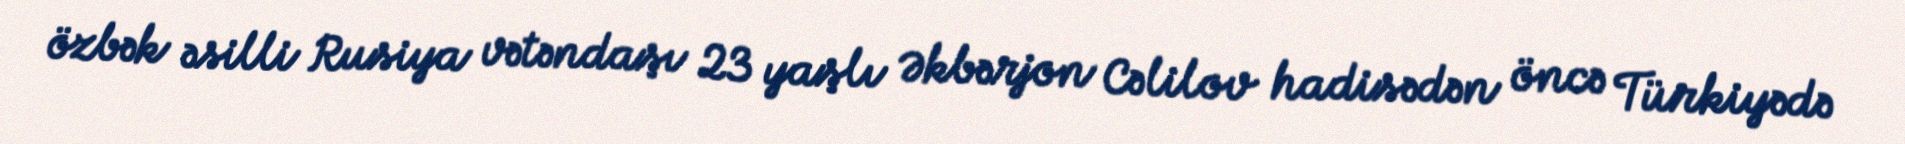
özbək əsilli Rusiya vətəndaşı 23 yaşlı Əkbərjon Cəlilov hadisədən öncə Türkiyədə